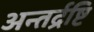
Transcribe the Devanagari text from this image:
अन्तर्द्रष्टि